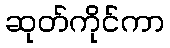
ဆုတ်ကိုင်ကာ